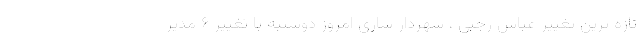
تازه ترین تغییر عباس رجبی ، شهردار ساری امروز دوشنبه با تغییر ۶ مدیر